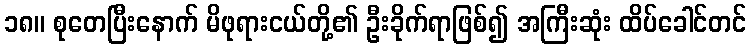
၁၈။ စုတေပြီးနောက် မိဖုရားငယ်တို့၏ ဦးခိုက်ရာဖြစ်၍ အကြီးဆုံး ထိပ်ခေါင်တင်